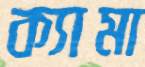
ক্যামা